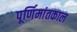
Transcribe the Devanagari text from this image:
पूर्णिमांतकाल